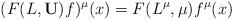
LaTeX: \begin{align*}(F(L,\mathbf U)f)^\mu(x) = F(L^\mu,\mu) f^\mu(x)\end{align*}